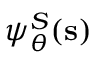
\psi _ { \boldsymbol \theta } ^ { S } ( \mathbf { s } )